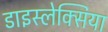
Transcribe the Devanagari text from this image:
डाइस्लेक्सिया